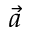
\vec { a }